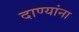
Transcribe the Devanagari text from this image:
दाण्यांना